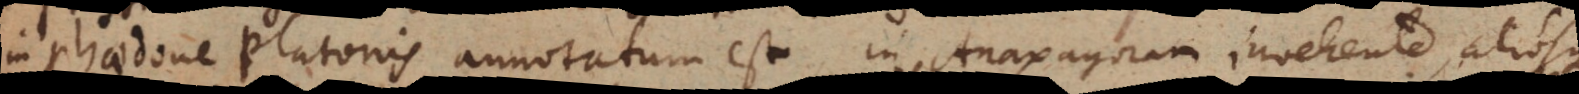
Phaedone Platonis annotatum est, in Anaxagoram invehente, aliosque